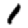
Digit: 1